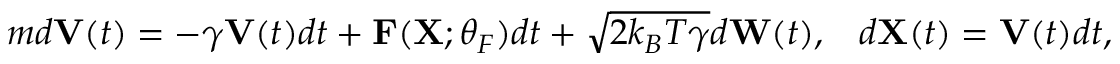
\begin{array} { r } { m d \mathbf { V } ( t ) = - \gamma \mathbf { V } ( t ) d t + \mathbf { F } ( \mathbf { X } ; \theta _ { F } ) d t + \sqrt { 2 k _ { B } { T } \gamma } d \mathbf { W } ( t ) , \; \; \; d \mathbf { X } ( t ) = \mathbf { V } ( t ) d t , } \end{array}